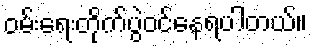
ဝမ်းရေးတိုက်ပွဲဝင်နေရပါတယ်။